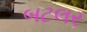
બટલર